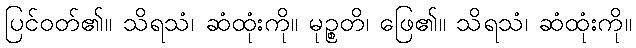
ပြင်ဝတ်၏။ သိရသံ၊ ဆံထုံးကို။ မုဉ္စတိ၊ ဖြေ၏။ သိရသံ၊ ဆံထုံးကို။